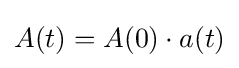
A(t)=A(0)\cdot a(t)